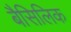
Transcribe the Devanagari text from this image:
बैसिलिक